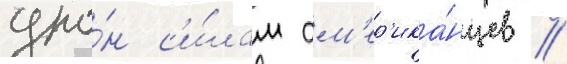
уро́н с'и́лам ам'ер'ика́нцев //